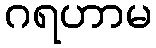
ဂရဟာမ